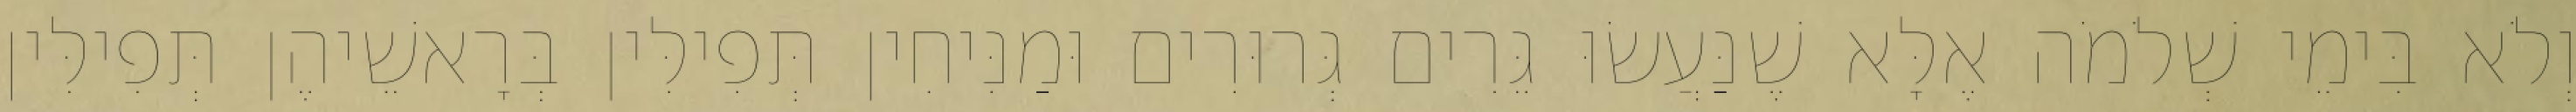
וְלֹא בִּימֵי שְׁלֹמֹה אֶלָּא שֶׁנַּעֲשׂוּ גֵּרִים גְּרוּרִים וּמַנִּיחִין תְּפִילִּין בְּרָאשֵׁיהֶן תְּפִילִּין